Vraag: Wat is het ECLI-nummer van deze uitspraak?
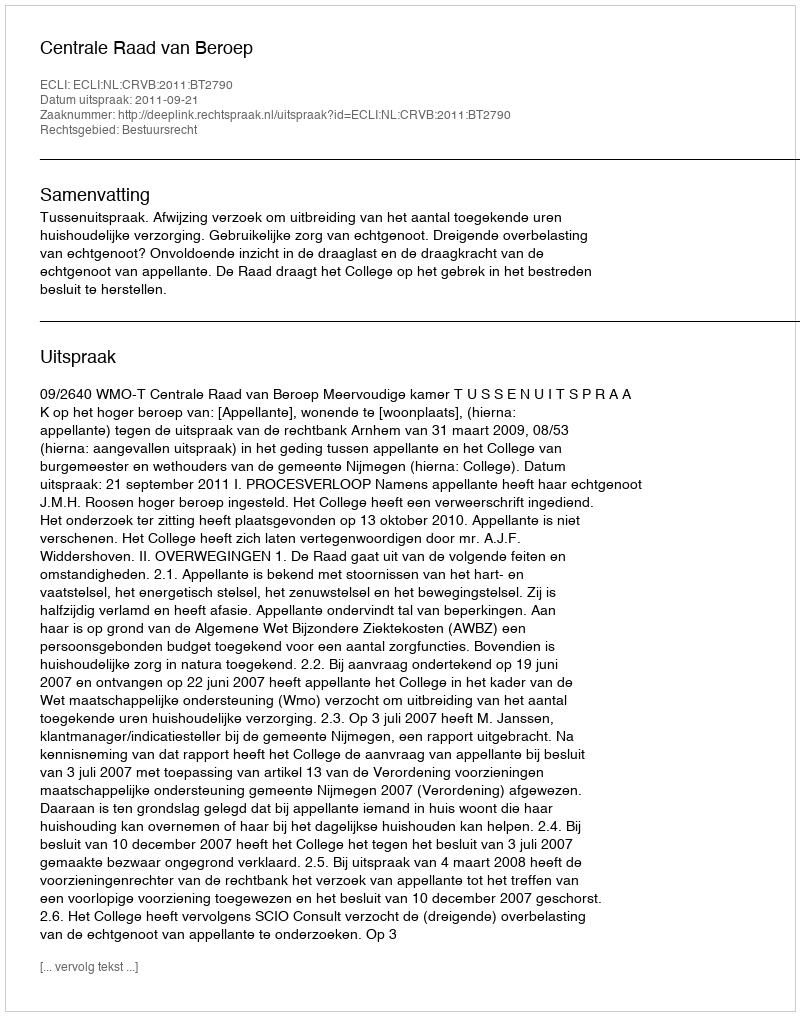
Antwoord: ECLI:NL:CRVB:2011:BT2790